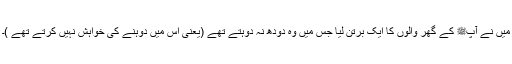
میں نے آپﷺ کے گھر والوں کا ایک برتن لیا جس میں وہ دودھ نہ دوہتے تھے (یعنی اس میں دوہنے کی خواہش نہیں کرتے تھے )۔